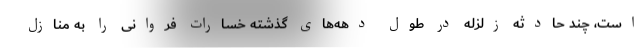
است، چند حادثه زلزله در طول دهه‌های گذشته خسارات فروانی را به منازل